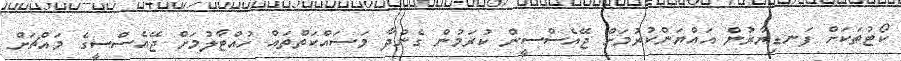
ކޯޓުތަކަށް ފަނޑިޔާރުން އައްޔަންކުރުމަށް ޖޭއެސްސީން ކުރަމުން ގެންދާ މަސައްކަތްތައް ހުއްޓާލުމަށް ޖޭއެސްސީގެ މައްޗަށް